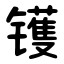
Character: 镬